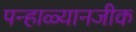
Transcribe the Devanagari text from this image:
पन्हाळ्यानजीक